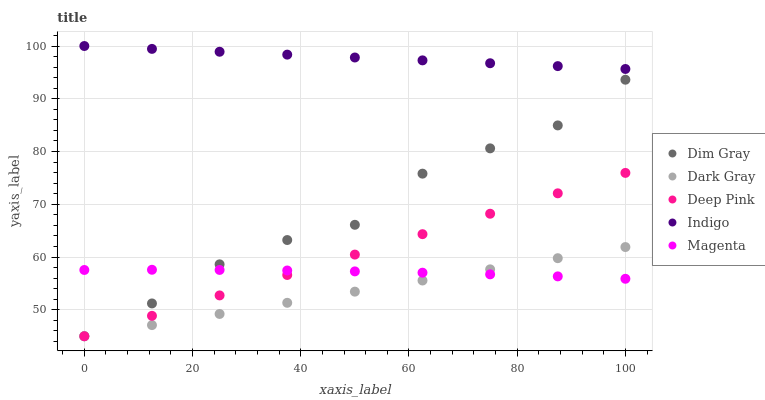
| xaxis_label | Dim Gray | Dark Gray | Deep Pink | Indigo | Magenta |
 | --- | --- | --- | --- | --- | --- |
 | 0 | 45 | 45 | 45 | 100 | 57.6 |
 | 12.5 | 51.2 | 47.1 | 48.9 | 99.5 | 57.6 |
 | 25 | 58.6 | 49.2 | 52.7 | 98.9 | 57.6 |
 | 37.5 | 63.2 | 51.3 | 56.6 | 98.4 | 57.5 |
 | 50 | 66.1 | 53.5 | 60.5 | 97.8 | 57.3 |
 | 62.5 | 75.8 | 55.6 | 64.3 | 97.3 | 57 |
 | 75 | 80.6 | 57.7 | 68.2 | 96.7 | 56.7 |
 | 87.5 | 85 | 59.8 | 72.1 | 96.2 | 56.3 |
 | 100 | 93.6 | 61.9 | 76 | 95.6 | 55.9 |